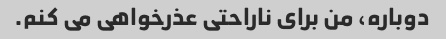
دوباره، من برای ناراحتی عذرخواهی می کنم.